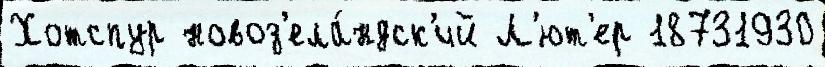
Хотспур новоз'ела́ндск'ий Л'ют'ер 18731930